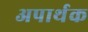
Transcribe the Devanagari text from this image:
अपार्थक